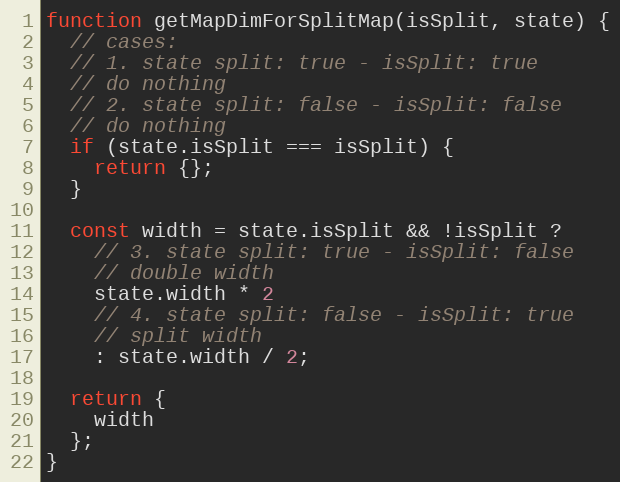
Language: JavaScript
function getMapDimForSplitMap(isSplit, state) {
  // cases:
  // 1. state split: true - isSplit: true
  // do nothing
  // 2. state split: false - isSplit: false
  // do nothing
  if (state.isSplit === isSplit) {
    return {};
  }

  const width = state.isSplit && !isSplit ?
    // 3. state split: true - isSplit: false
    // double width
    state.width * 2
    // 4. state split: false - isSplit: true
    // split width
    : state.width / 2;

  return {
    width
  };
}